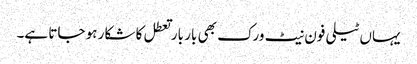
یہاں ٹیلی فون نیٹ ورک بھی بار بار تعطل کا شکار ہو جاتا ہے۔